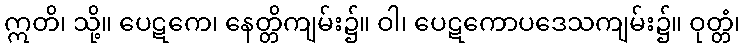
ဣတိ၊ သို့။ ပေဋကေ၊ နေတ္တိကျမ်း၌။ ဝါ၊ ပေဋကောပဒေသကျမ်း၌။ ဝုတ္တံ၊